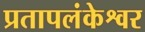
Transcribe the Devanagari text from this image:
प्रतापलंकेश्वर